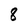
Character: 8